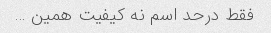
فقط درحد اسم نه کیفیت همین …